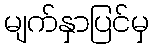
မျက်နှာပြင်မှ